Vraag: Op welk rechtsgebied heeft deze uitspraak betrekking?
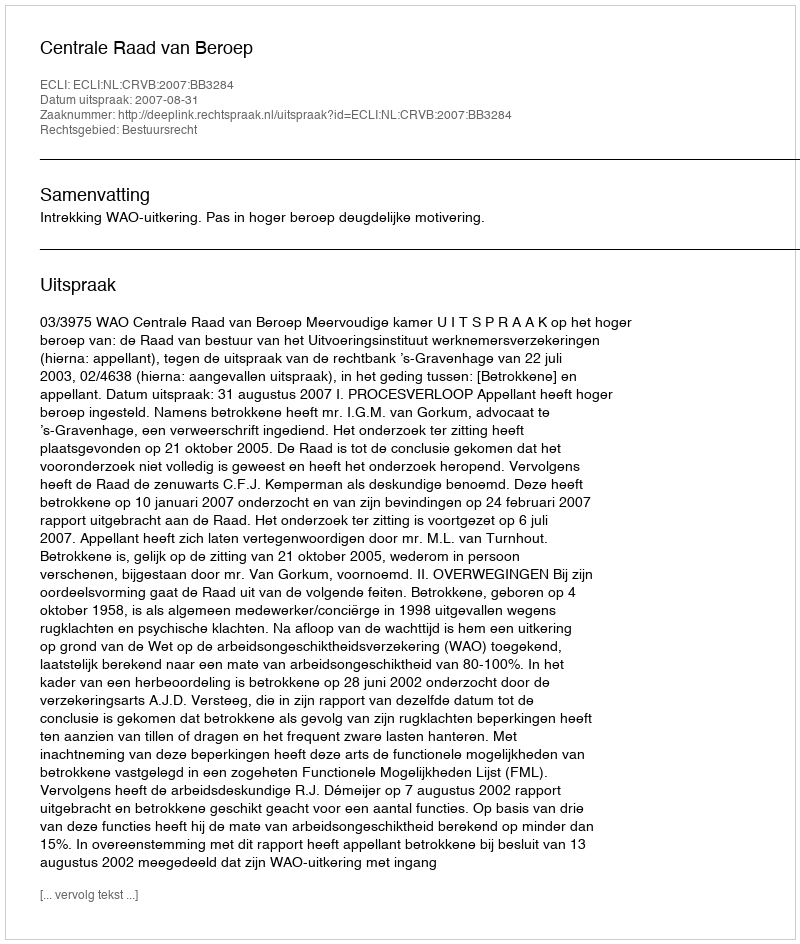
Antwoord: Bestuursrecht